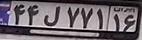
۴۴ل۷۷۱۱۶